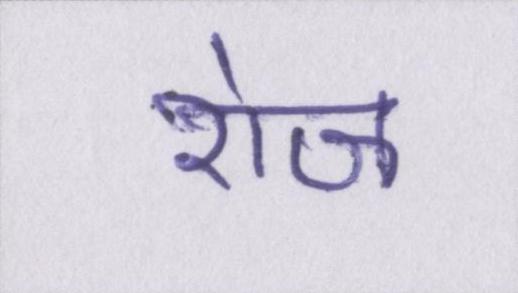
रोज